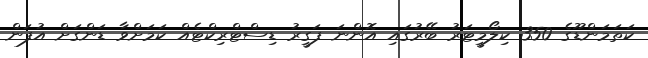
ކަތަމަންޑޫގެ 350 ކިލޯމީޓަރު ބޭރުގައި އޮންނަ ފަގީރު ޑިސްޓްރިކްޓެއް ކަމަށްވާ ޑަންގަށް އުފަން